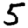
Digit: 5